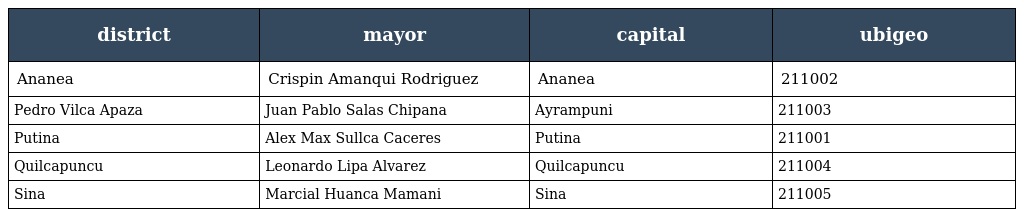
| district | mayor | capital | ubigeo |
 | --- | --- | --- | --- |
 | Ananea | Crispin Amanqui Rodriguez | Ananea | 211002 |
 | Pedro Vilca Apaza | Juan Pablo Salas Chipana | Ayrampuni | 211003 |
 | Putina | Alex Max Sullca Caceres | Putina | 211001 |
 | Quilcapuncu | Leonardo Lipa Alvarez | Quilcapuncu | 211004 |
 | Sina | Marcial Huanca Mamani | Sina | 211005 |